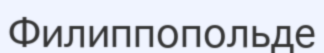
Филиппопольде